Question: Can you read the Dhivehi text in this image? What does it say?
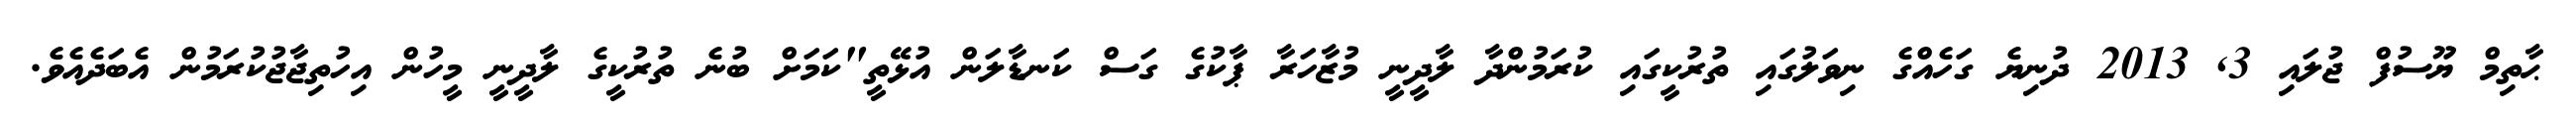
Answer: ޙާތިމް ޔޫސުފް ޖުލައި 3, 2013 ދުނިޔެ ގަހެއްގެ ނިވަލުގައި ތުރުކީގައި ކުރަމުންދާ ލާދީނީ މުޒާހަރާ ޕާކުގެ ގަސް ކަނޑާލަން އުޅޭތީ"ކަމަށް ބުނެ ތުރުކީގެ ލާދީނީ މީހުން އިހުތިޖާޖުކުރަމުން އެބަދެއެވެ.